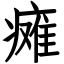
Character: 瘫